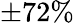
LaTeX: \pm 72\%